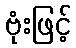
ဗုံးဖြင့်